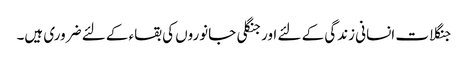
جنگلات انسانی زندگی کے لئے اورجنگلی جانوروں کی بقاء کے لئے ضروری ہیں۔